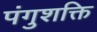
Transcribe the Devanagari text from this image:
पंगुशक्ति